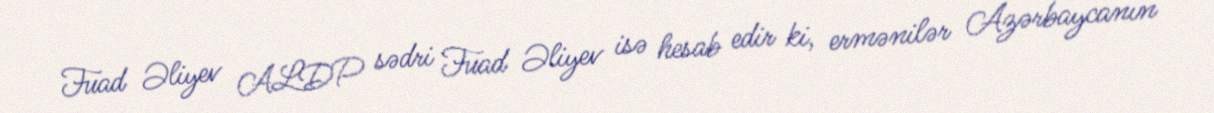
Fuad Əliyev ALDP sədri Fuad Əliyev isə hesab edir ki, ermənilər Azərbaycanın